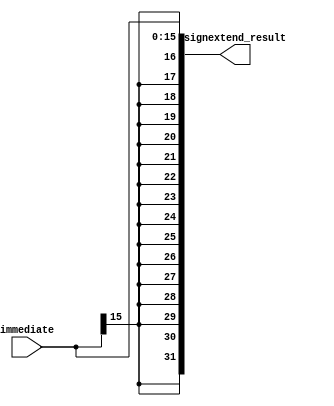
//`timescale 1ps/1ps

module signextend(input [15:0] immediate,
                  output [31:0] signextend_result);
    assign signextend_result = {{16{immediate[15]}},immediate};
endmodule // signextend